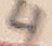
Text: 4